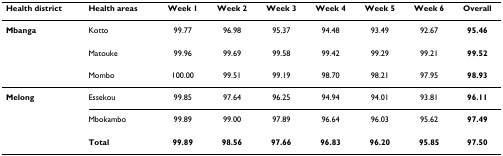
<table><thead><tr><td><b>Health district</b></td><td><b>Health areas</b></td><td><b>Week 1</b></td><td><b>Week 2</b></td><td><b>Week 3</b></td><td><b>Week 4</b></td><td><b>Week 5</b></td><td><b>Week 6</b></td><td><b>Overall</b></td></tr></thead><tbody><tr><td><b>Mbanga</b></td><td>Kotto</td><td>99.77</td><td>96.98</td><td>95.37</td><td>94.48</td><td>93.49</td><td>92.67</td><td><b>95.46</b></td></tr><tr><td></td><td>Matouke</td><td>99.96</td><td>99.69</td><td>99.58</td><td>99.42</td><td>99.29</td><td>99.21</td><td><b>99.52</b></td></tr><tr><td></td><td>Mombo</td><td>100.00</td><td>99.51</td><td>99.19</td><td>98.70</td><td>98.21</td><td>97.95</td><td><b>98.93</b></td></tr><tr><td><b>Melong</b></td><td>Essekou</td><td>99.85</td><td>97.64</td><td>96.25</td><td>94.94</td><td>94.01</td><td>93.81</td><td><b>96.11</b></td></tr><tr><td></td><td>Mbokambo</td><td>99.89</td><td>99.00</td><td>97.89</td><td>96.64</td><td>96.03</td><td>95.62</td><td><b>97.49</b></td></tr><tr><td></td><td><b>Total</b></td><td><b>99.89</b></td><td><b>98.56</b></td><td><b>97.66</b></td><td><b>96.83</b></td><td><b>96.20</b></td><td><b>95.85</b></td><td><b>97.50</b></td></tr></tbody></table>